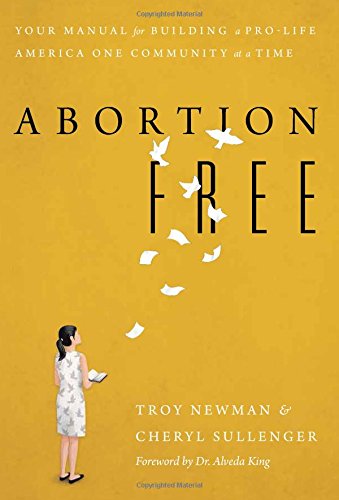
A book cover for Abortion Free: Your Manual for Building a Pro-Life America One Community at a Time; Cheryl Sullenger; Medical Books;